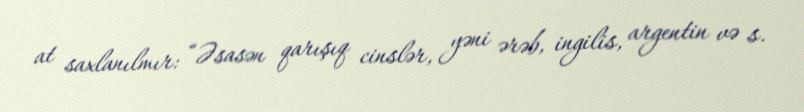
at saxlanılmır: “Əsasən qarışıq cinslər, yəni ərəb, ingilis, argentin və s.